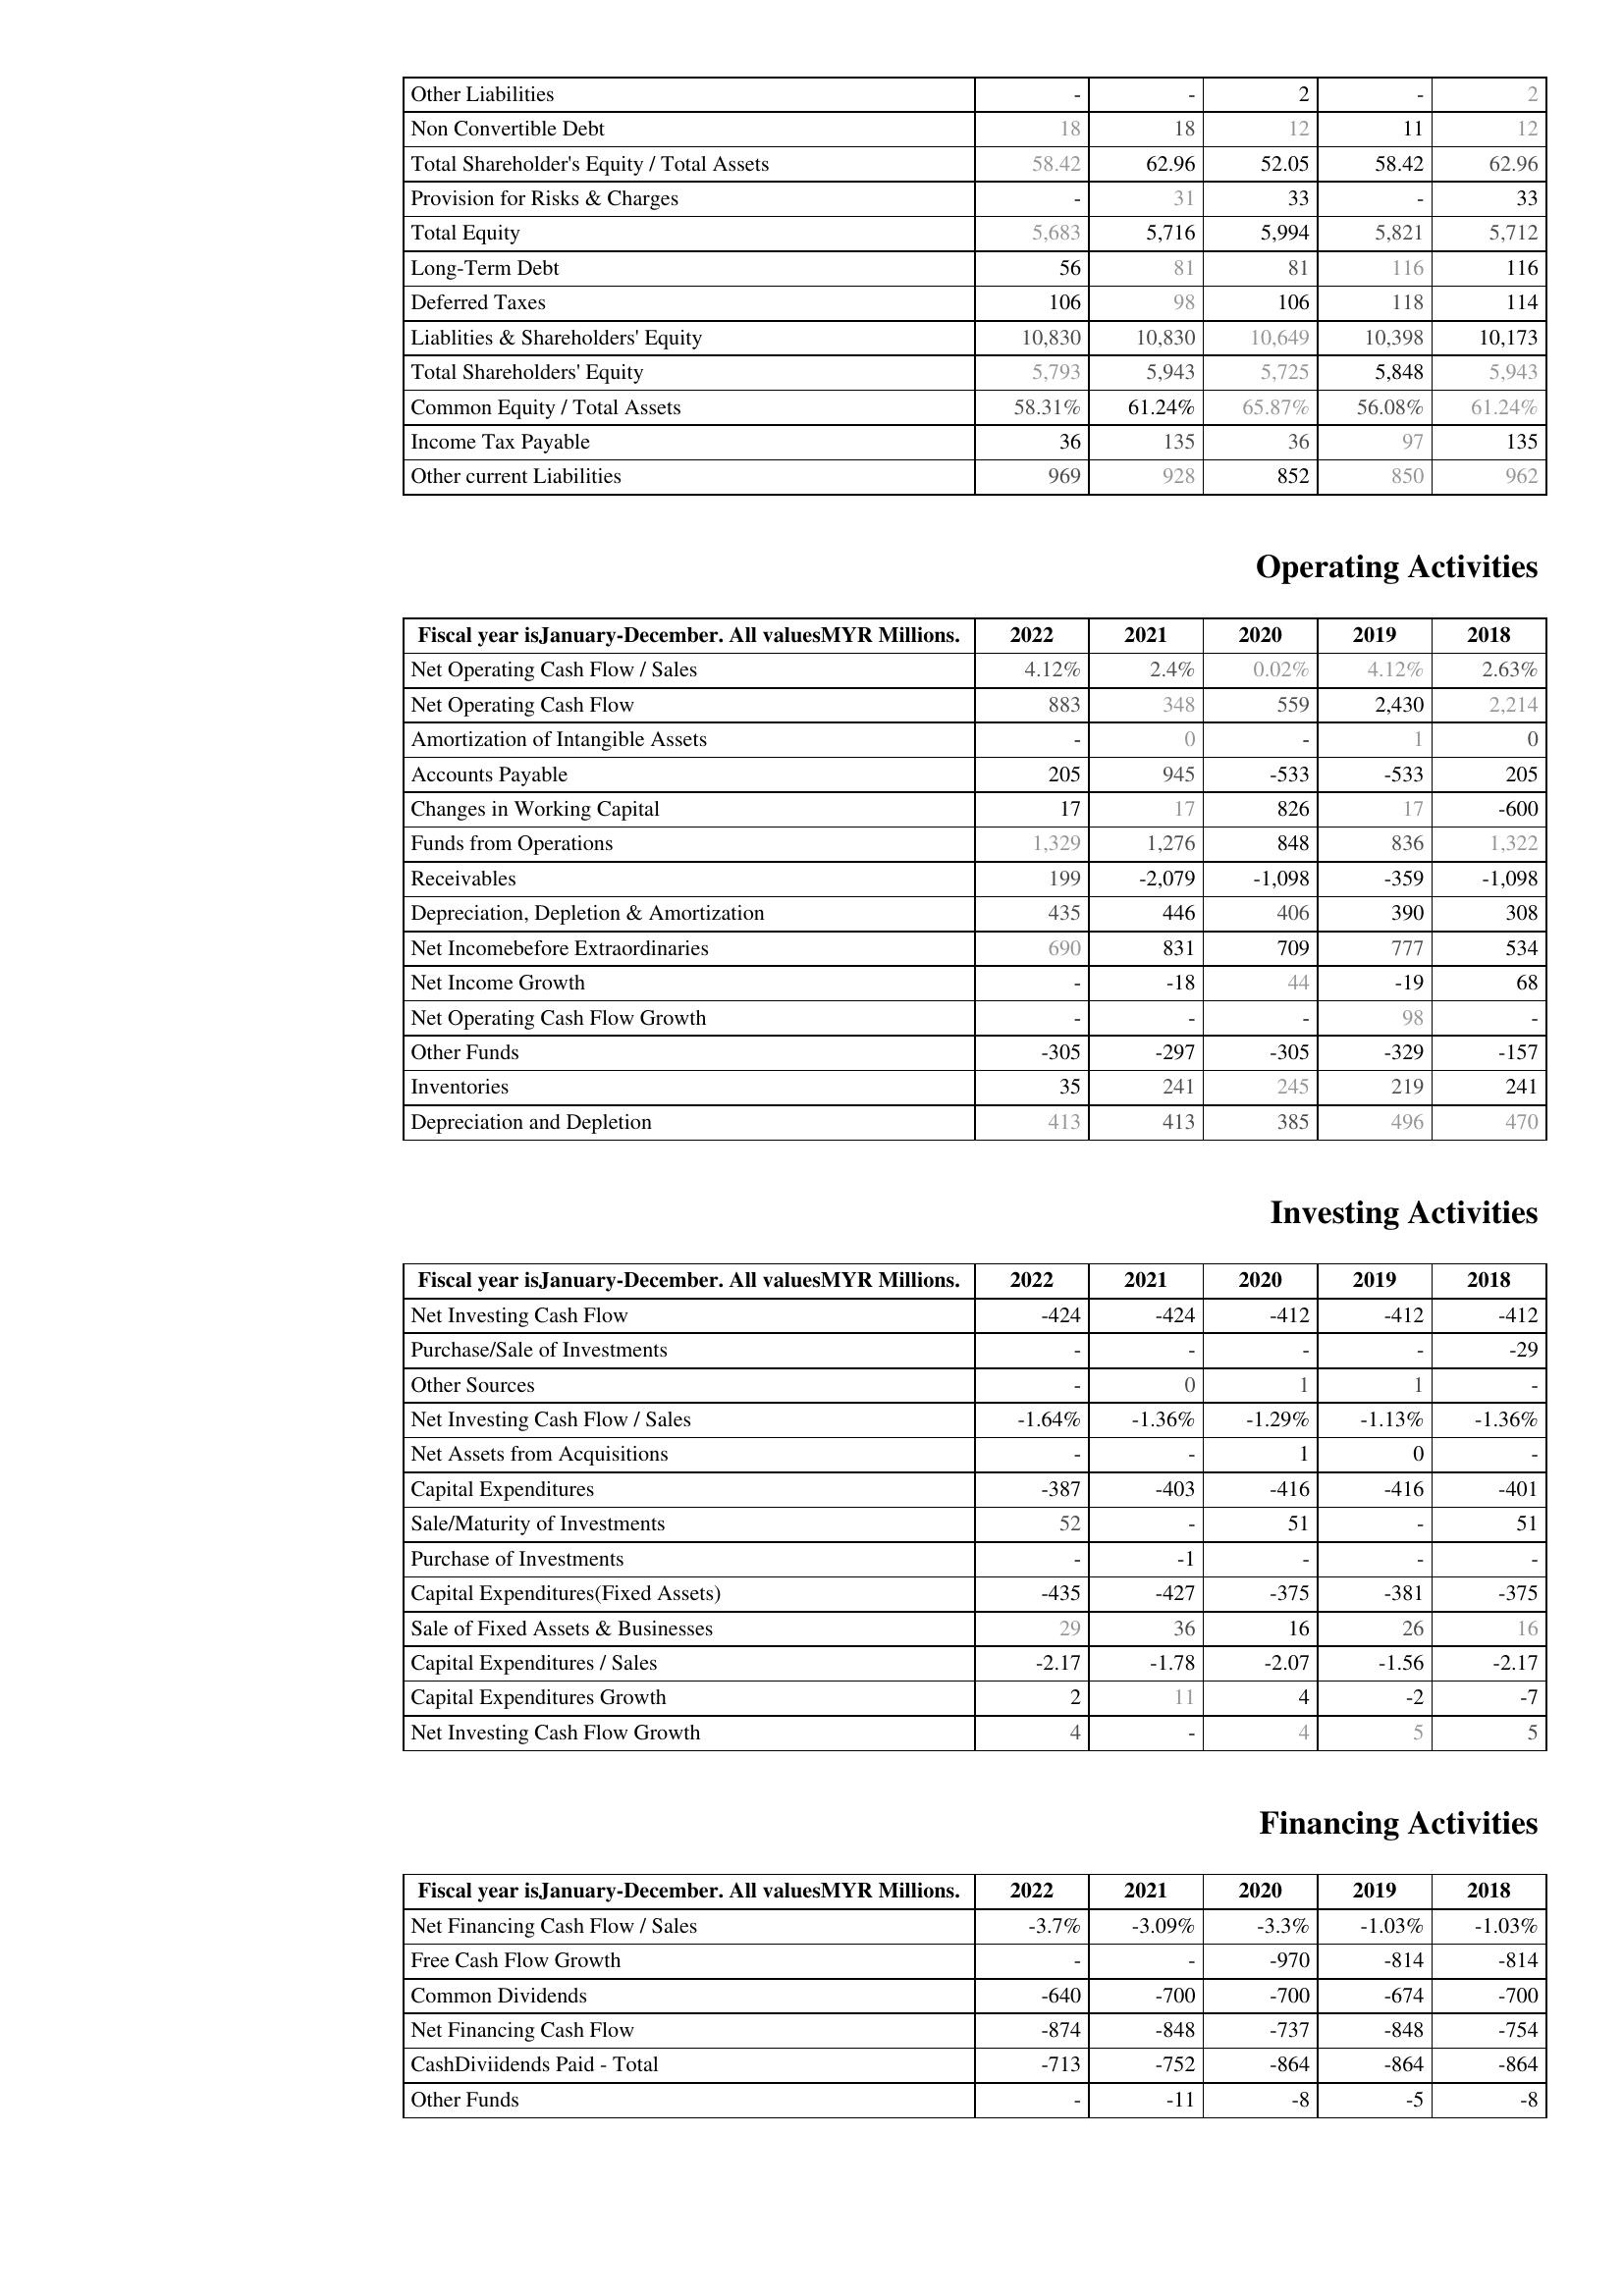
2022: Liabilities & Shareholder's Equity: Other Liabilities: -
Non Convertible Debt: 18
Total Shareholder's Equity / Total Assets: 58.42
Provision for Risks & Charges: -
Total Equity: 5,683
Long-Term Debt: 56
Deferred Taxes: 106
Liablities & Shareholders' Equity: 10,830
Total Shareholders' Equity: 5,793
Common Equity / Total Assets: 58.31%
Income Tax Payable: 36
Other current Liabilities: 969
Operating Activities: Net Operating Cash Flow / Sales: 4.12%
Net Operating Cash Flow: 883
Amortization of Intangible Assets: -
Accounts Payable: 205
Changes in Working Capital: 17
Funds from Operations: 1,329
Receivables: 199
Depreciation, Depletion & Amortization: 435
Net Incomebefore Extraordinaries: 690
Net Income Growth: -
Net Operating Cash Flow Growth: -
Other Funds: -305
Inventories: 35
Depreciation and Depletion: 413
Investing Activities: Net Investing Cash Flow: -424
Purchase/Sale of Investments: -
Other Sources: -
Net Investing Cash Flow / Sales: -1.64%
Net Assets from Acquisitions: -
Capital Expenditures: -387
Sale/Maturity of Investments: 52
Purchase of Investments: -
Capital Expenditures(Fixed Assets): -435
Sale of Fixed Assets & Businesses: 29
Capital Expenditures / Sales: -2.17
Capital Expenditures Growth: 2
Net Investing Cash Flow Growth: 4
Financing Activities: Net Financing Cash Flow / Sales: -3.7%
Free Cash Flow Growth: -
Common Dividends: -640
Net Financing Cash Flow: -874
CashDiviidends Paid - Total: -713
Other Funds: -
2021: Liabilities & Shareholder's Equity: Other Liabilities: -
Non Convertible Debt: 18
Total Shareholder's Equity / Total Assets: 62.96
Provision for Risks & Charges: 31
Total Equity: 5,716
Long-Term Debt: 81
Deferred Taxes: 98
Liablities & Shareholders' Equity: 10,830
Total Shareholders' Equity: 5,943
Common Equity / Total Assets: 61.24%
Income Tax Payable: 135
Other current Liabilities: 928
Operating Activities: Net Operating Cash Flow / Sales: 2.4%
Net Operating Cash Flow: 348
Amortization of Intangible Assets: 0
Accounts Payable: 945
Changes in Working Capital: 17
Funds from Operations: 1,276
Receivables: -2,079
Depreciation, Depletion & Amortization: 446
Net Incomebefore Extraordinaries: 831
Net Income Growth: -18
Net Operating Cash Flow Growth: -
Other Funds: -297
Inventories: 241
Depreciation and Depletion: 413
Investing Activities: Net Investing Cash Flow: -424
Purchase/Sale of Investments: -
Other Sources: 0
Net Investing Cash Flow / Sales: -1.36%
Net Assets from Acquisitions: -
Capital Expenditures: -403
Sale/Maturity of Investments: -
Purchase of Investments: -1
Capital Expenditures(Fixed Assets): -427
Sale of Fixed Assets & Businesses: 36
Capital Expenditures / Sales: -1.78
Capital Expenditures Growth: 11
Net Investing Cash Flow Growth: -
Financing Activities: Net Financing Cash Flow / Sales: -3.09%
Free Cash Flow Growth: -
Common Dividends: -700
Net Financing Cash Flow: -848
CashDiviidends Paid - Total: -752
Other Funds: -11
2020: Liabilities & Shareholder's Equity: Other Liabilities: 2
Non Convertible Debt: 12
Total Shareholder's Equity / Total Assets: 52.05
Provision for Risks & Charges: 33
Total Equity: 5,994
Long-Term Debt: 81
Deferred Taxes: 106
Liablities & Shareholders' Equity: 10,649
Total Shareholders' Equity: 5,725
Common Equity / Total Assets: 65.87%
Income Tax Payable: 36
Other current Liabilities: 852
Operating Activities: Net Operating Cash Flow / Sales: 0.02%
Net Operating Cash Flow: 559
Amortization of Intangible Assets: -
Accounts Payable: -533
Changes in Working Capital: 826
Funds from Operations: 848
Receivables: -1,098
Depreciation, Depletion & Amortization: 406
Net Incomebefore Extraordinaries: 709
Net Income Growth: 44
Net Operating Cash Flow Growth: -
Other Funds: -305
Inventories: 245
Depreciation and Depletion: 385
Investing Activities: Net Investing Cash Flow: -412
Purchase/Sale of Investments: -
Other Sources: 1
Net Investing Cash Flow / Sales: -1.29%
Net Assets from Acquisitions: 1
Capital Expenditures: -416
Sale/Maturity of Investments: 51
Purchase of Investments: -
Capital Expenditures(Fixed Assets): -375
Sale of Fixed Assets & Businesses: 16
Capital Expenditures / Sales: -2.07
Capital Expenditures Growth: 4
Net Investing Cash Flow Growth: 4
Financing Activities: Net Financing Cash Flow / Sales: -3.3%
Free Cash Flow Growth: -970
Common Dividends: -700
Net Financing Cash Flow: -737
CashDiviidends Paid - Total: -864
Other Funds: -8
2019: Liabilities & Shareholder's Equity: Other Liabilities: -
Non Convertible Debt: 11
Total Shareholder's Equity / Total Assets: 58.42
Provision for Risks & Charges: -
Total Equity: 5,821
Long-Term Debt: 116
Deferred Taxes: 118
Liablities & Shareholders' Equity: 10,398
Total Shareholders' Equity: 5,848
Common Equity / Total Assets: 56.08%
Income Tax Payable: 97
Other current Liabilities: 850
Operating Activities: Net Operating Cash Flow / Sales: 4.12%
Net Operating Cash Flow: 2,430
Amortization of Intangible Assets: 1
Accounts Payable: -533
Changes in Working Capital: 17
Funds from Operations: 836
Receivables: -359
Depreciation, Depletion & Amortization: 390
Net Incomebefore Extraordinaries: 777
Net Income Growth: -19
Net Operating Cash Flow Growth: 98
Other Funds: -329
Inventories: 219
Depreciation and Depletion: 496
Investing Activities: Net Investing Cash Flow: -412
Purchase/Sale of Investments: -
Other Sources: 1
Net Investing Cash Flow / Sales: -1.13%
Net Assets from Acquisitions: 0
Capital Expenditures: -416
Sale/Maturity of Investments: -
Purchase of Investments: -
Capital Expenditures(Fixed Assets): -381
Sale of Fixed Assets & Businesses: 26
Capital Expenditures / Sales: -1.56
Capital Expenditures Growth: -2
Net Investing Cash Flow Growth: 5
Financing Activities: Net Financing Cash Flow / Sales: -1.03%
Free Cash Flow Growth: -814
Common Dividends: -674
Net Financing Cash Flow: -848
CashDiviidends Paid - Total: -864
Other Funds: -5
2018: Liabilities & Shareholder's Equity: Other Liabilities: 2
Non Convertible Debt: 12
Total Shareholder's Equity / Total Assets: 62.96
Provision for Risks & Charges: 33
Total Equity: 5,712
Long-Term Debt: 116
Deferred Taxes: 114
Liablities & Shareholders' Equity: 10,173
Total Shareholders' Equity: 5,943
Common Equity / Total Assets: 61.24%
Income Tax Payable: 135
Other current Liabilities: 962
Operating Activities: Net Operating Cash Flow / Sales: 2.63%
Net Operating Cash Flow: 2,214
Amortization of Intangible Assets: 0
Accounts Payable: 205
Changes in Working Capital: -600
Funds from Operations: 1,322
Receivables: -1,098
Depreciation, Depletion & Amortization: 308
Net Incomebefore Extraordinaries: 534
Net Income Growth: 68
Net Operating Cash Flow Growth: -
Other Funds: -157
Inventories: 241
Depreciation and Depletion: 470
Investing Activities: Net Investing Cash Flow: -412
Purchase/Sale of Investments: -29
Other Sources: -
Net Investing Cash Flow / Sales: -1.36%
Net Assets from Acquisitions: -
Capital Expenditures: -401
Sale/Maturity of Investments: 51
Purchase of Investments: -
Capital Expenditures(Fixed Assets): -375
Sale of Fixed Assets & Businesses: 16
Capital Expenditures / Sales: -2.17
Capital Expenditures Growth: -7
Net Investing Cash Flow Growth: 5
Financing Activities: Net Financing Cash Flow / Sales: -1.03%
Free Cash Flow Growth: -814
Common Dividends: -700
Net Financing Cash Flow: -754
CashDiviidends Paid - Total: -864
Other Funds: -8